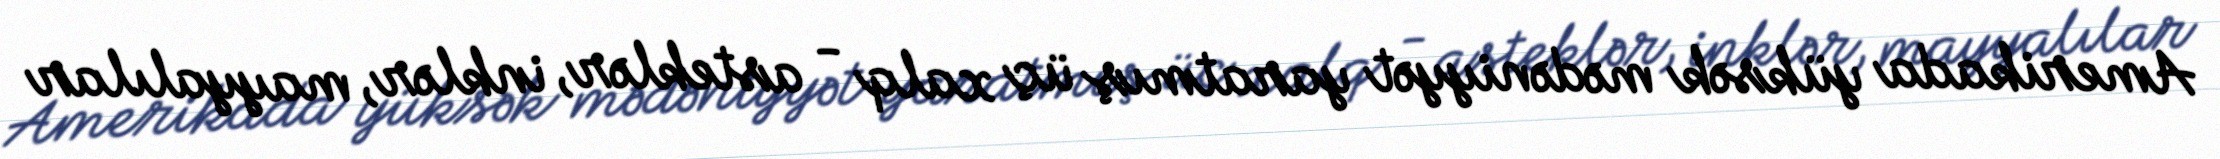
Amerikada yüksək mədəniyyət yaratmış üç xalq - asteklər, inklər, mayyalılar